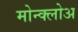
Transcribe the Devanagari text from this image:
मोन्क्लोअ